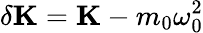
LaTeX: \delta\mathbf{K}=\mathbf{K}-m_{0}\omega_{0}^{2}